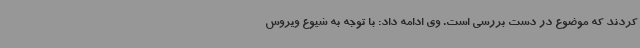
کردند که موضوع در دست بررسی است. وی ادامه داد: با توجه به شیوع ویروس